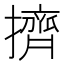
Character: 擠